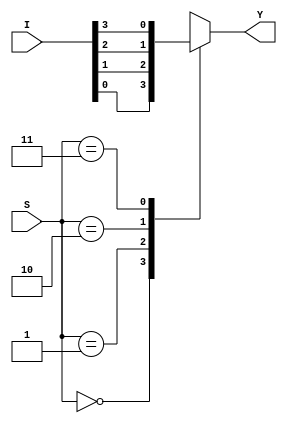
module mux_4_1_b(Y,I,S);

input [3:0]I;
input [1:0]S;
output reg Y;

always@(*)
    case(S)
        2'd0: Y=I[0];
        2'd1: Y=I[1];
        2'd2: Y=I[2];
        2'd3: Y=I[3];
        default: $display("error");
    endcase

endmodule